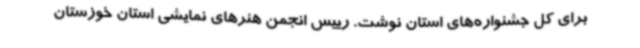
برای کل جشنواره‌های استان نوشت. رییس انجمن هنرهای نمایشی استان خوزستان